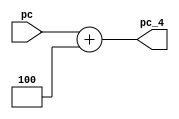

module PC_add_4(pc,pc_4);
input [31:0]pc;
output [31:0]pc_4;
reg [31:0] pc_4;
always@(*) begin
	pc_4=pc+4;
end
endmodule